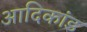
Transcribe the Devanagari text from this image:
आदिकांड